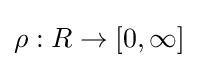
\rho :R\to [0,\infty ]